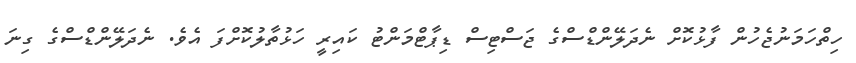
ހިތްހަމަނުޖެހުން ފާޅުކޮށް ނެދަލޭންޑްސްގެ ޖަސްޓިސް ޑިޕާޓްމަންޓު ކައިރީ ހަޅުތާލުކޮށްފަ އެވެ. ނެދަލޭންޑްސްގެ ގިނަ